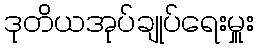
ဒုတိယအုပ်ချုပ်ရေးမှူး